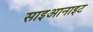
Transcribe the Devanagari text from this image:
साइआनाइट